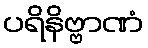
ပရိနိဗ္ဗာဏံ